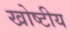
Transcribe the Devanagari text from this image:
खोष्टीय